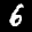
Label: 6